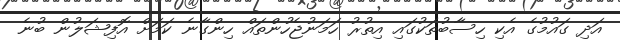
އަދި ގައުމުގެ އެކި ހިސާބުތަކުގައި އިތުރު ހަމަނުޖެހުންތައް ހިންގާނެ ކަމަށް އޮފިޝަލުން ބުނެ